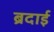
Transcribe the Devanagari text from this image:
ब्रदाई